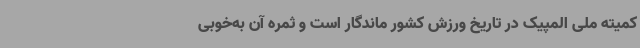
کمیته ملی المپیک در تاریخ ورزش کشور ماندگار است و ثمره آن به‌خوبی